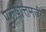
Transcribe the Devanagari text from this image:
पुरूषोत्तमजी